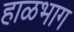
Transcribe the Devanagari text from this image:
हाळभाग